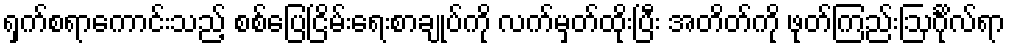
ရှက်စရာကောင်းသည့် စစ်ပြေငြိမ်းရေးစာချုပ်ကို လက်မှတ်ထိုးပြီး အတိတ်ကို ဖုတ်ကြည်းဩင်္ဂိုလ်ရာ